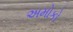
અમોકો